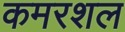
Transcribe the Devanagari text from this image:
कमरशल